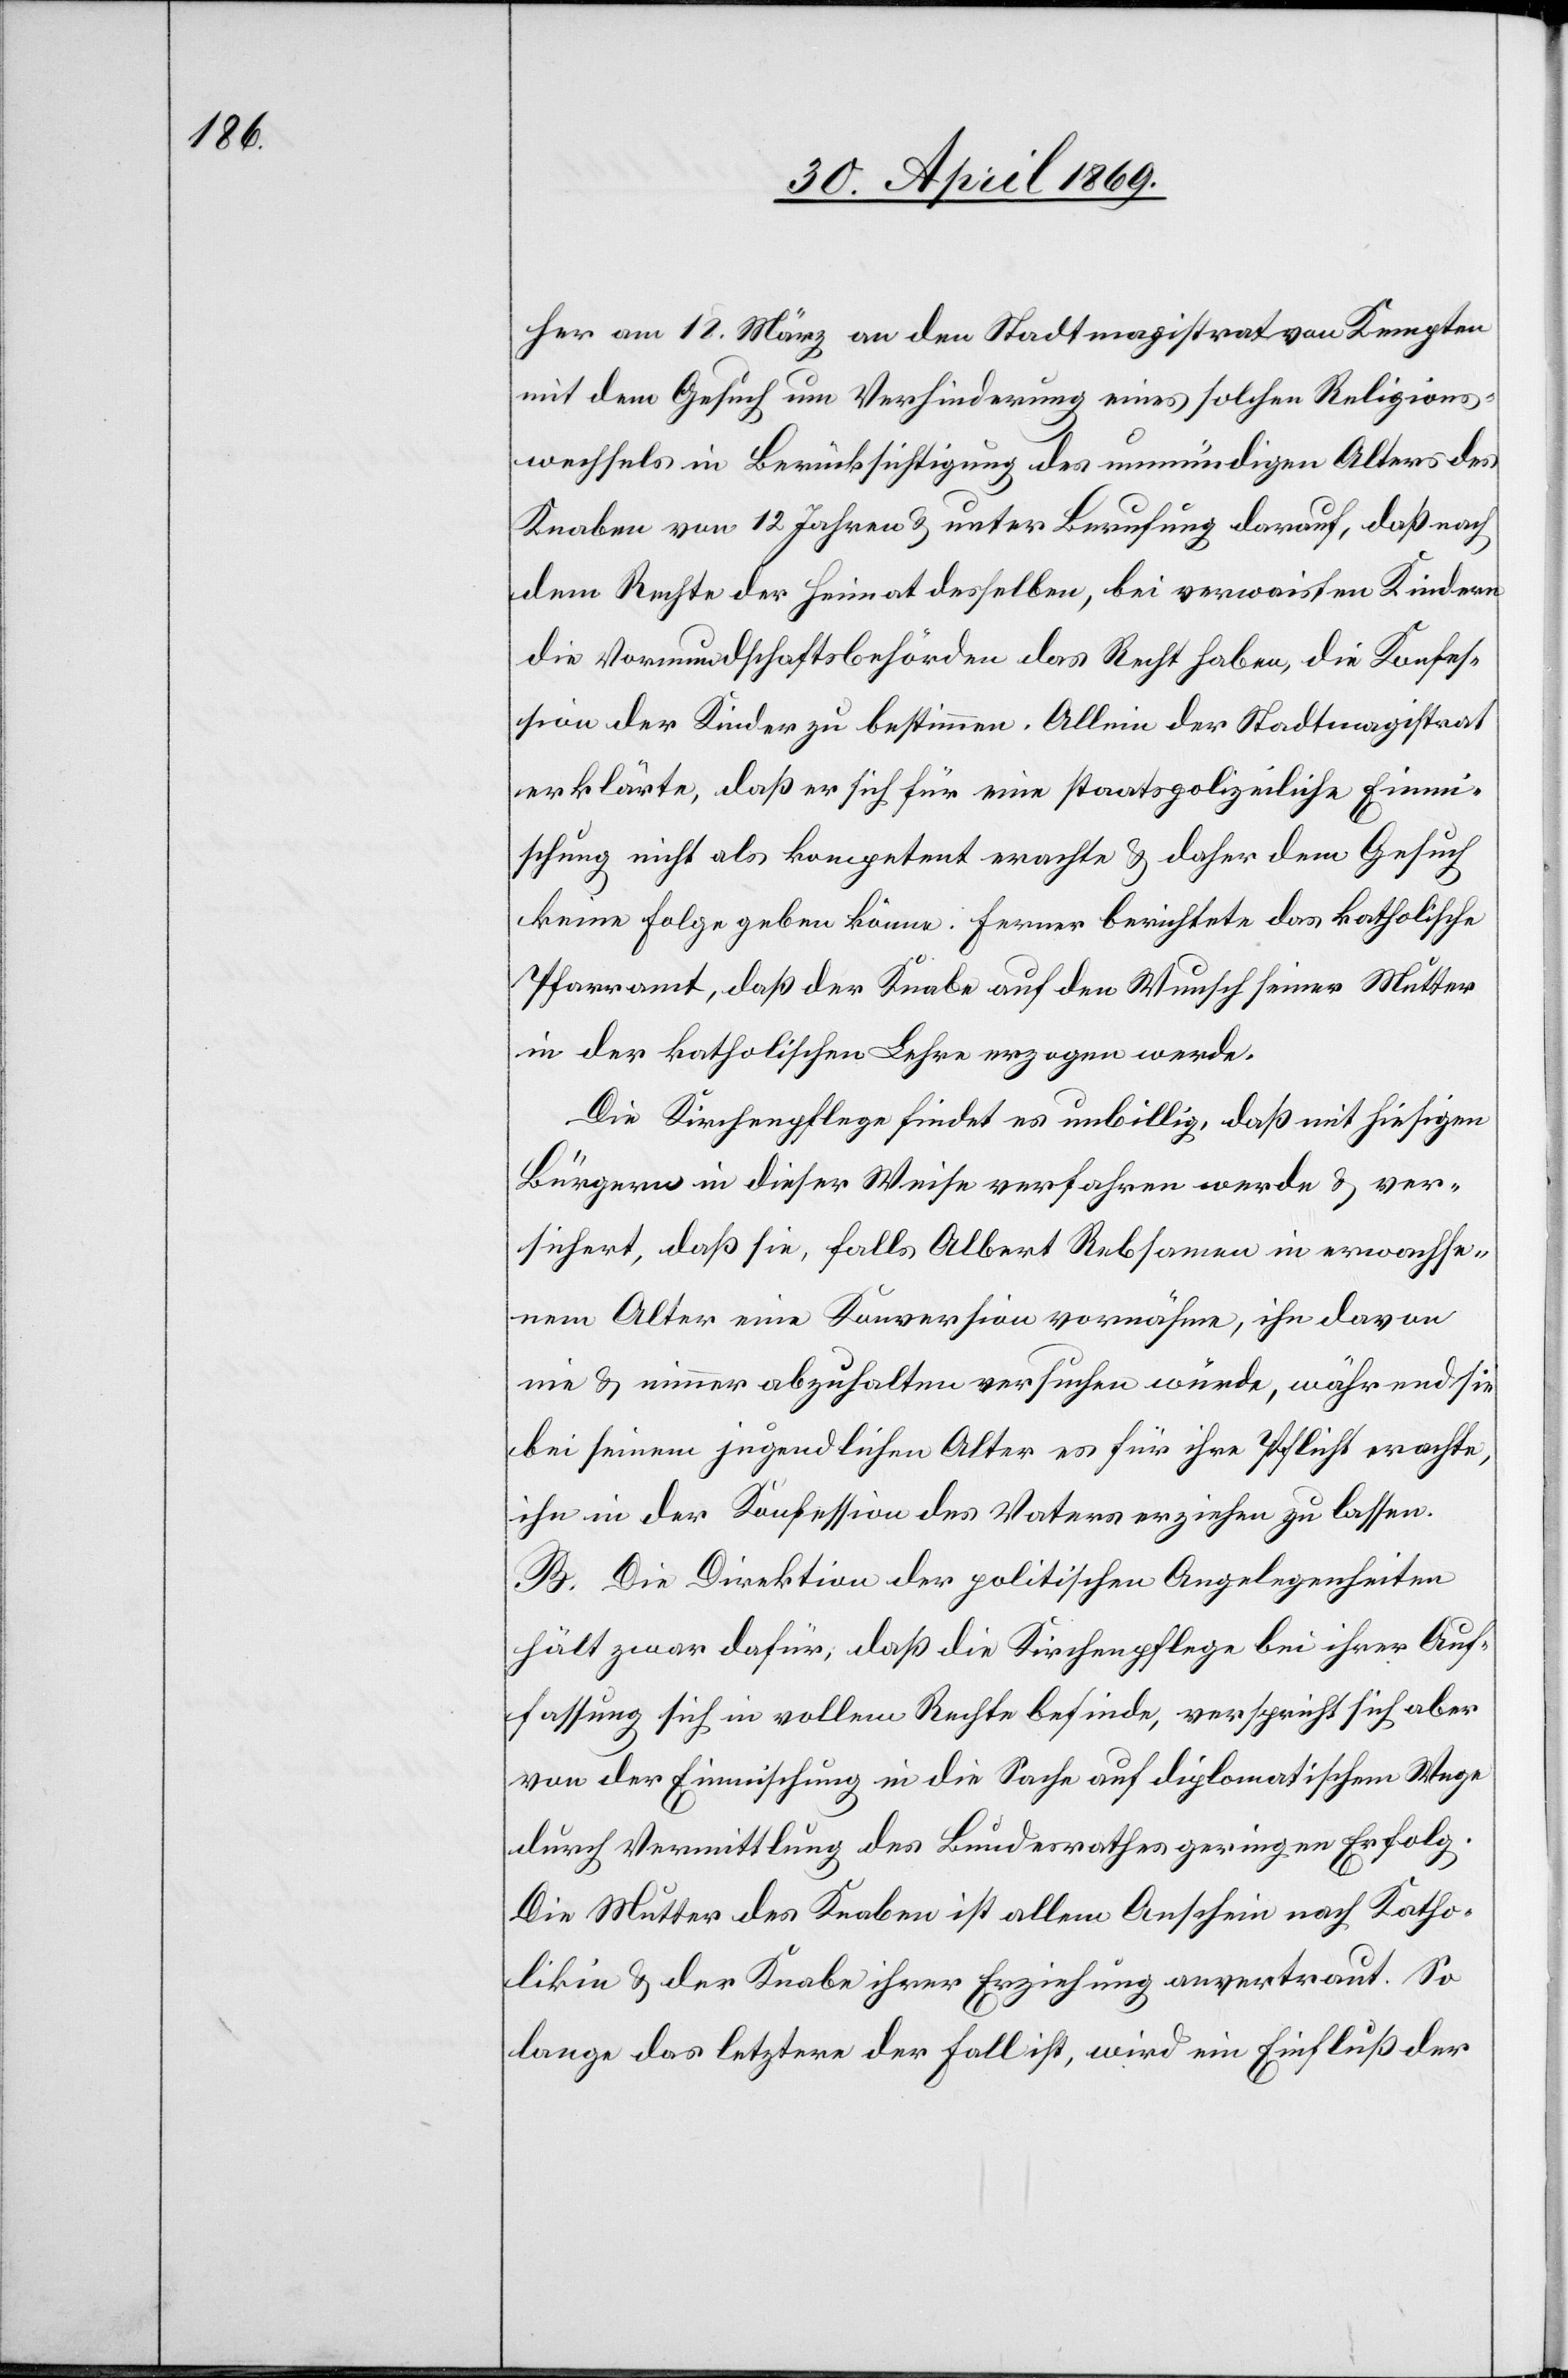
her am 18. März an den Stadtmagistrat von Kempten
mit dem Gesuch um Verhinderung eines solchen Religions¬
wechsels in Berücksichtigung des unmündigen Alters des
Knaben von 12 Jahren u. unter Berufung darauf, daß nach
dem Rechte der Heimat desselben, bei verwaisten Kindern
die Vormundschaftsbehörden das Recht haben, die Konfes¬
sion der Kinder zu bestimmen. Allein der Stadtmagistrat
erklärte, daß er sich für eine staatspolizeiliche Einmi¬
schung nicht als kompetent erachte u. daher dem Gesuch
keine Folge geben könne. Ferner berichtete das katholische
Pfarramt, daß der Knabe auf den Wunsch seiner Mutter
in der katholischen Lehre erzogen werde.
Die Kirchenpflege findet es unbillig, daß mit hiesigen
Bürgern in dieser Weise verfahren werde u. ver¬
sichert, daß sie, falls Albert Rebsamen in erwachse¬
nem Alter eine Konversion vornähme, ihn davon
nie u. nimmer abzuhalten versuchen würde, während sie
bei seinem jugendlichen Alter es für ihre Pflicht erachte,
ihn in der Konfession des Vaters erziehen zu lassen.
B. Die Direktion der politischen Angelegenheiten
hält zwar dafür, daß die Kirchenpflege bei ihrer Auf¬
fassung sich in vollem Rechte befinde, verspricht sich aber
von der Einmischung in die Sache auf diplomatischem Wege
durch Vermittlung des Bundesrathes geringen Erfolg.
Die Mutter des Knaben ist allem Anschein nach Katho¬
likin u. der Knabe ihrer Erziehung anvertraut. So
lange das letztere der Fall ist, wird ein Einfluß der